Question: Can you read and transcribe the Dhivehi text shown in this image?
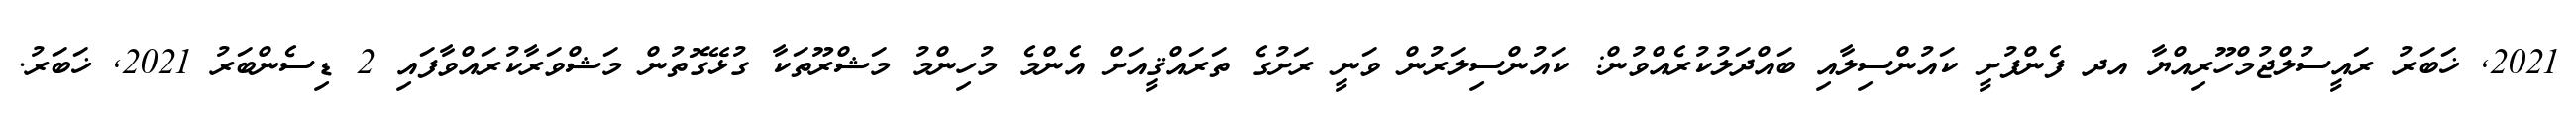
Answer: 2021, ޚަބަރު ރައީސުލްޖުމްހޫރިއްޔާ އދ ފެންފުށީ ކައުންސިލާއި ބައްދަލުކުރެއްވުން: ކައުންސިލަރުން ވަނީ ރަށުގެ ތަރައްޤީއަށް އެންމެ މުހިންމު މަޝްރޫތަކާ ގުޅޭގޮތުން މަޝްވަރާކުރައްވާފައި 2 ޑިސެންބަރު 2021, ޚަބަރު.